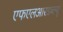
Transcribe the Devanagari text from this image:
एफएलआरडब्ल्यू